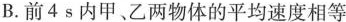
B.前4s内甲、乙两物体的平均速度相等